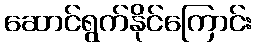
ဆောင်ရွက်နိုင်ကြောင်း